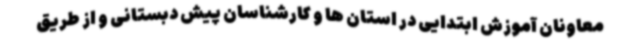
معاونان آموزش ابتدایی در استان ها و کارشناسان پیش دبستانی و از طریق